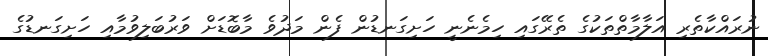
ނުރައްކާތެރި އަލާމާތްތަކުގެ ތެރޭގައި ހިމެނެނީ ހަށިގަނޑުން ފެން މަދުވެ މާބޮޑަށް ވަރުބަލިވުމާއި ހަށިގަނޑުގެ